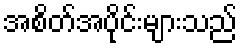
အစိတ်အပိုင်းများသည်